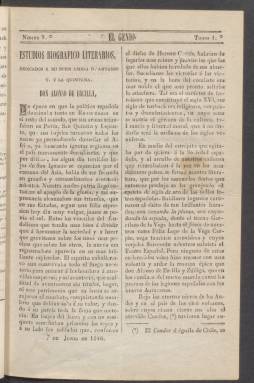
Título: El Genio (Cádiz)
Colección: Literatura
Ámbito geográfico: Cádiz
Lugar de publicación: Cádiz
Fechas: 07/06/1846-07/06/1846

Periódico de la época romántica en la que la palabra genio era tan de uso común que dio título a muchas publicaciones literarias o artísticas como ésta de Cádiz. Se trata de un semanario estampado en la imprenta de la Sociedad de Recreos Literarios, que estaba a cargo de José Morón.

   Esta publicación es continuación de otra de nombre El Meteoro que dejó de publicarse a comienzos de 1846 por la marcha a Granada de su principal redactor, José M. Gómez, aunque El Genio conservará los colaboradores del anterior. La Biblioteca Nacional de España solo posee un número del semanario, el número 9 publicado el 7 de junio de 1846.

  En El Meteoro, que llevó también por nombre El Nuevo Meteoro, colaboraron poetas gaditanos y de otras partes de España, principalmente de Madrid y Barcelona. Destacó la colaboración de gran número de mujeres en esta publicación, por lo que es de suponer que algunas si no todas también lo harían en El Genio.

  Sí hay constancia de la participación de al menos una de ellas, María Josefa Zapata, por ser una las principales exponentes del pensamiento socialista utópico de corte feminista en España en publicaciones en las que escribirá en la década siguiente. Junto con Margarita Pérez de Celis fundó El Pensil de Iberia, que está considerada la primera revista abiertamente feminista de España.

   Poco se puede decir de El Genio, de Cádiz, debido al poco rastro que ha dejado en la historia del periodismo. El número que posee la BNE consta de cuatro páginas, por lo que es previsible que así fueran todas las entregas que se editaron.

   En ese número se puede leer, en una sección de estudios biográficos literarios, un artículo dedicado a Alonso de Ercilla, el poeta y soldado de siglo XVI autor de ‘La Araucana’ sobre la conquista de Chile. Una composición poética y una reseña sobre la ópera ‘Inés de Castro’ representada en el Teatro Principal completan el contenido.

  Destaca sobre todo la poesía, cuyo autor es Antonio Trueba y de la Quintana, poeta y escritor conocido como ‘Antón el de los Cantares’ por su primera obra de 1851 titulada ‘El libro de los cantares’ que le comenzó a dar renombre.

[Descripción publicada el 20/09/2024]